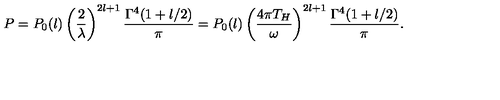
P = P _ { 0 } ( l ) \left( \frac { 2 } { \lambda } \right) ^ { 2 l + 1 } \frac { \Gamma ^ { 4 } ( 1 + l / 2 ) } { \pi } = P _ { 0 } ( l ) \left( \frac { 4 \pi T _ { H } } { \omega } \right) ^ { 2 l + 1 } \frac { \Gamma ^ { 4 } ( 1 + l / 2 ) } { \pi } .